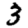
Digit: 3